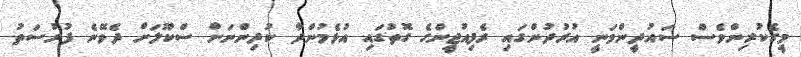
މީގެކުރިންވެސް ސައުދީންވަނީ އުރުދުންގައި ރެފިއުޖީންގެ ގޮތުގައި އުޅެމުންދާ ކުދިންނަށް ސްކޫލަށް ދެވޭނެ ފުރުސަތު